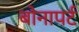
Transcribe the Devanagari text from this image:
बोनापर्ट